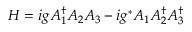
H = i g A _ { 1 } ^ { \dagger } A _ { 2 } A _ { 3 } - i g ^ { * } A _ { 1 } A _ { 2 } ^ { \dagger } A _ { 3 } ^ { \dagger }